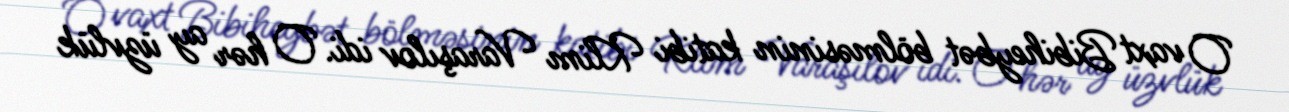
O vaxt Bibiheybət bölməsinin katibi Klim Varaşılov idi. O hər ay üzvlük